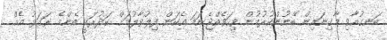
ބަނގުއާވި މާގިނައިން ބޭނުންކުރުމުން ވިހަވެއްޖެނަމަ އެކަން ފިލުވާލުމަށް ކަދުރަކީ އެންމެ ރަގަޅު އެއް